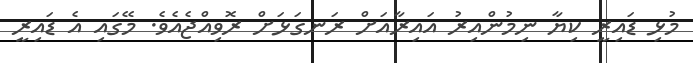
މުޅި ޑައިރީ ކިޔާ ނިމުންއިރު އައިރާއަށް ރަނގަޅަށް ރޮވިއްޖެއެވެ. މޭގައި އެ ޑައިރީ